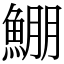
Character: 𩸀